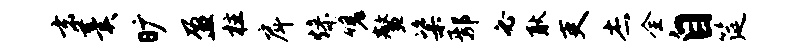
玄羹旷盈柱戽燥嗟鳌粢鄢必耿吏杰全自筵